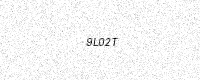
Text: 9L02T